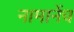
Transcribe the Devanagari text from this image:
नामानेंच